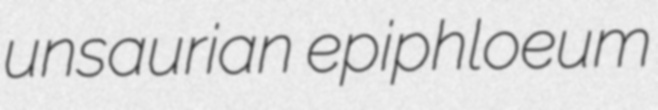
unsaurian epiphloeum